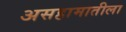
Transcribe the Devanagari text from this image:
असहामातीला